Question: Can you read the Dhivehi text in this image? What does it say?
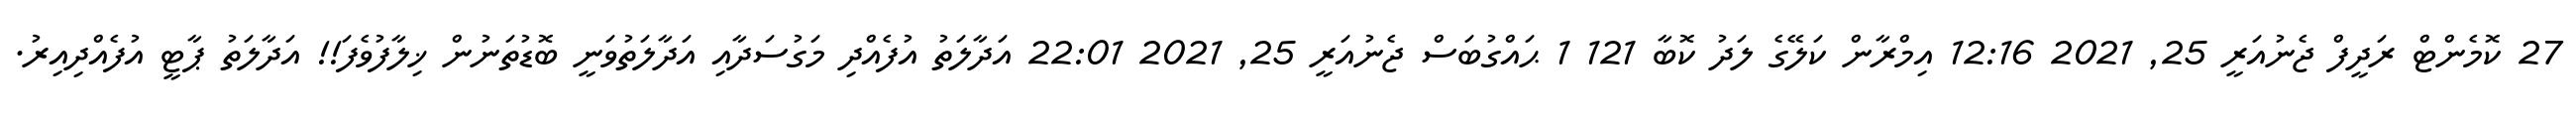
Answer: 27 ކޮމެންޓް ރަދީފް ޖެނުއަރީ 25, 2021 12:16 އިމްރާން ކަލޭގެ ލަދު ކޮބާ 121 1 ޙައްގުބަސް ޖެނުއަރީ 25, 2021 22:01 އަދާލަތު އުފެއްދި މަގުސަދާއި އަދާލަތުވަނީ ބޮޑުތަނުން ޚިލާފުވެފަ!! އަދާލަތު ޕާޓީ އުފެއްދިއިރު.